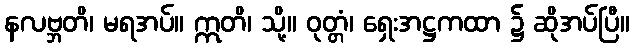
နလဗ္ဘတိ၊ မရအပ်။ ဣတိ၊ သို့။ ဝုတ္တံ၊ ရှေးအဋ္ဌကထာ ၌ ဆိုအပ်ပြီ။